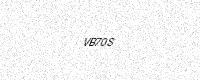
Text: VB70S